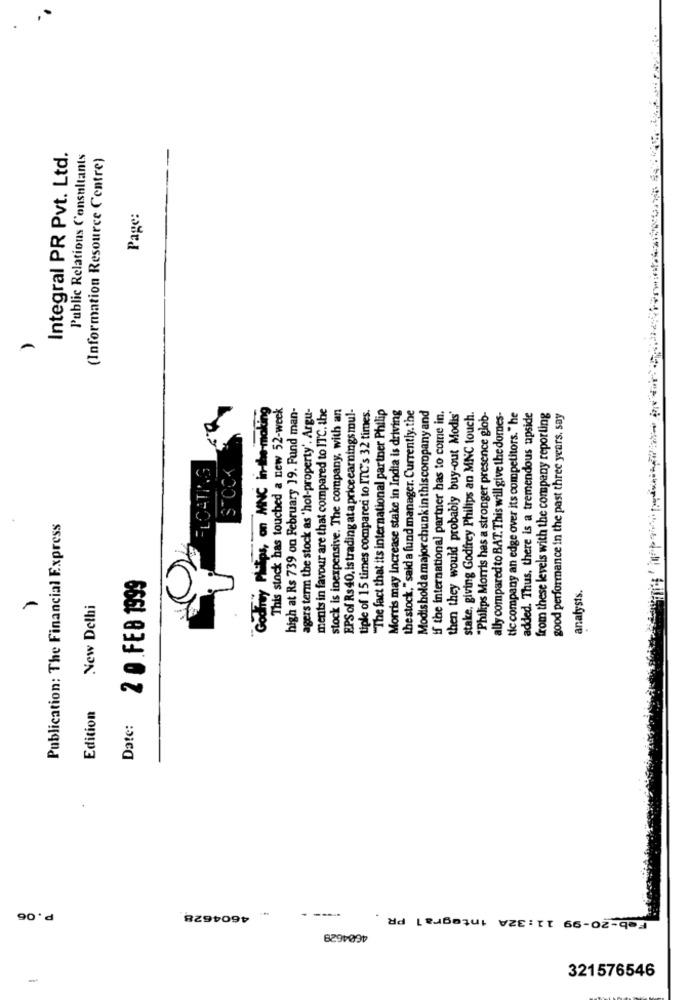
Integral PR Pvt. Ltd.
Public Relations Consultants
(Information Resource Centre)
Page:
Godfrey Plutps, on MNC in-the-making
This stock has touched a new 52-week
high at Rs 739 on February 19. Fund man-
agers term the stock as 'hot-property'. Argu-
ments in favour are that compared to ITC. the
stock is inexpensive. The company, with an
EPS of Rs40, is trading ata priceearnings mul-
"The fact that its international partner Philip
Morris may increase stake in India is driving
thestock,"said a fund manager. Currently. the
Modis hold amajorchunkin thiscompanyand
tiple of 15 times compared to ITC's 32 times.
if the international partner has to come in.
then they would probably buy-out Modis'
stake, giving Godfrey Philips an MNC touch.
"Philips Morris has a stronger presence glob-
ally compared to BAT. This will give the domes-
tic company an edge over its competitors. " he
added. Thus, there is a tremendous upside
from these levels with the company reporting
good performance in the past three years. say
FLOATING
STOCK
Publication: The Financial Express
2 0.FEB 1999
analysts.
New Delhi
Edition
Date:
.
P.06
4604628
---- -
Feb-20-99 11:32A integral PR .
4604629
321576546